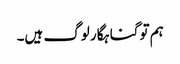
ہم تو گناہگار لوگ ہیں۔